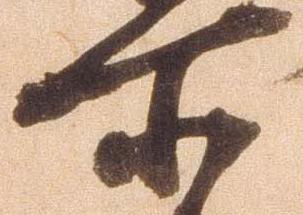
所